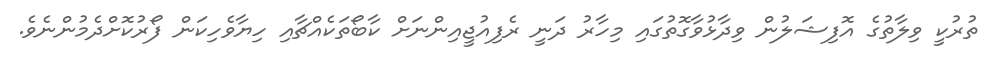
ތުރުކީ ވިލާތުގެ އޮފިޝަލުން ވިދާޅުވާގޮތުގައި މިހާރު ދަނީ ރެފިއުޖީއިންނަށް ކާބޯތަކެއްޗާއި ހިޔާވެހިކަން ފޯރުކޮށްދެމުންނެވެ.